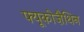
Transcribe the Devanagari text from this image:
फ्यूकोज़ैथिन